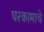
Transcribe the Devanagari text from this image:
घरकामाचे